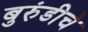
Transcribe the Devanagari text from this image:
बुरुंडीचे